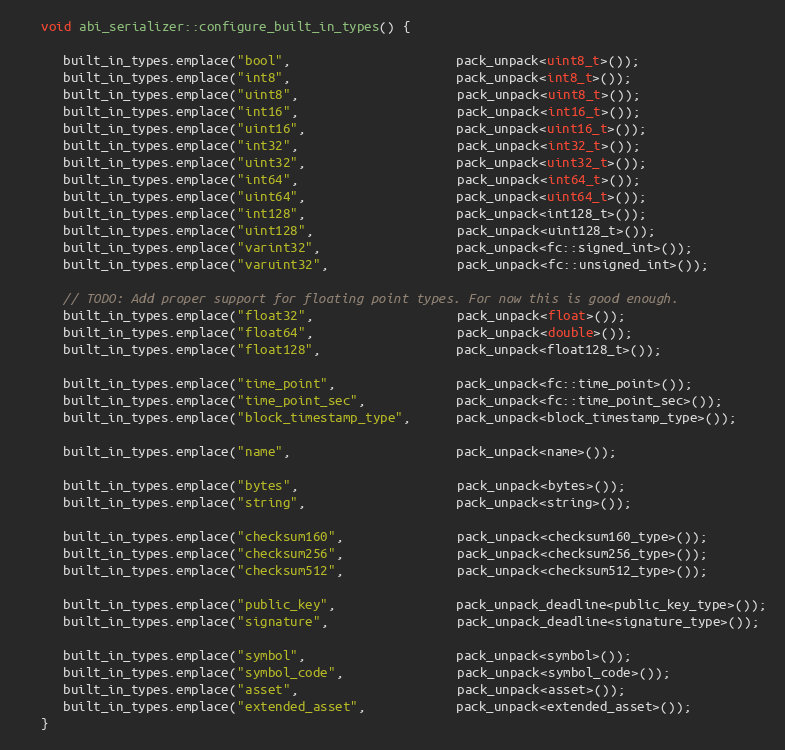
Language: C++
   void abi_serializer::configure_built_in_types() {

      built_in_types.emplace("bool",                      pack_unpack<uint8_t>());
      built_in_types.emplace("int8",                      pack_unpack<int8_t>());
      built_in_types.emplace("uint8",                     pack_unpack<uint8_t>());
      built_in_types.emplace("int16",                     pack_unpack<int16_t>());
      built_in_types.emplace("uint16",                    pack_unpack<uint16_t>());
      built_in_types.emplace("int32",                     pack_unpack<int32_t>());
      built_in_types.emplace("uint32",                    pack_unpack<uint32_t>());
      built_in_types.emplace("int64",                     pack_unpack<int64_t>());
      built_in_types.emplace("uint64",                    pack_unpack<uint64_t>());
      built_in_types.emplace("int128",                    pack_unpack<int128_t>());
      built_in_types.emplace("uint128",                   pack_unpack<uint128_t>());
      built_in_types.emplace("varint32",                  pack_unpack<fc::signed_int>());
      built_in_types.emplace("varuint32",                 pack_unpack<fc::unsigned_int>());

      // TODO: Add proper support for floating point types. For now this is good enough.
      built_in_types.emplace("float32",                   pack_unpack<float>());
      built_in_types.emplace("float64",                   pack_unpack<double>());
      built_in_types.emplace("float128",                  pack_unpack<float128_t>());

      built_in_types.emplace("time_point",                pack_unpack<fc::time_point>());
      built_in_types.emplace("time_point_sec",            pack_unpack<fc::time_point_sec>());
      built_in_types.emplace("block_timestamp_type",      pack_unpack<block_timestamp_type>());

      built_in_types.emplace("name",                      pack_unpack<name>());

      built_in_types.emplace("bytes",                     pack_unpack<bytes>());
      built_in_types.emplace("string",                    pack_unpack<string>());

      built_in_types.emplace("checksum160",               pack_unpack<checksum160_type>());
      built_in_types.emplace("checksum256",               pack_unpack<checksum256_type>());
      built_in_types.emplace("checksum512",               pack_unpack<checksum512_type>());

      built_in_types.emplace("public_key",                pack_unpack_deadline<public_key_type>());
      built_in_types.emplace("signature",                 pack_unpack_deadline<signature_type>());

      built_in_types.emplace("symbol",                    pack_unpack<symbol>());
      built_in_types.emplace("symbol_code",               pack_unpack<symbol_code>());
      built_in_types.emplace("asset",                     pack_unpack<asset>());
      built_in_types.emplace("extended_asset",            pack_unpack<extended_asset>());
   }